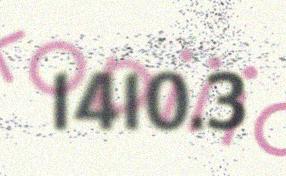
1410.3